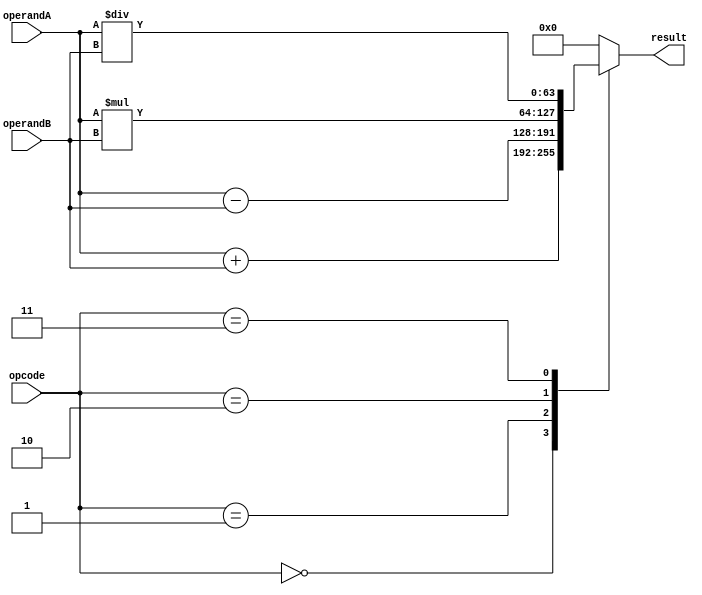
module ExtendedPrecisionFloatingPointUnit (
  input wire [63:0] operandA,
  input wire [63:0] operandB,
  input wire [3:0] opcode,
  output reg [63:0] result
);

// Perform arithmetic operation based on opcode
always @(*) begin
  case(opcode)
    4'b0000: result = operandA + operandB; // Addition
    4'b0001: result = operandA - operandB; // Subtraction
    4'b0010: result = operandA * operandB; // Multiplication
    4'b0011: result = operandA / operandB; // Division
    default: result = 64'b0; // Default to 0
  endcase
end

endmodule